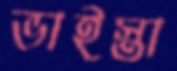
ভাইস্তা